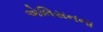
એલિસનના